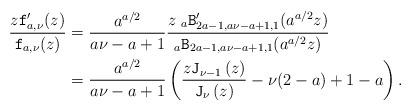
LaTeX: \begin{align*}\frac{z \mathtt{f}'_{a, \nu}(z)}{\mathtt{f}_{a, \nu}(z)}&=\frac{a^{a/2}}{a\nu-a+1}\frac{z\;{}_{a}\mathtt{B}'_{2a-1, a \nu-a+1,1}(a^{a/2} z)}{{}_{a}\mathtt{B}_{2a-1, a \nu-a+1,1}(a^{a/2} z)}\\&= \frac{a^{a/2}}{a\nu-a+1} \left(\frac{z\mathtt{J}_{\nu-1}\left(z\right)}{\mathtt{J}_{\nu}\left(z\right)}-\nu(2-a)+1-a\right).\end{align*}